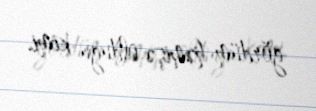
gördüm həmişə olduğu kimi.